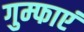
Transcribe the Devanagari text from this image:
गुम्फाएं